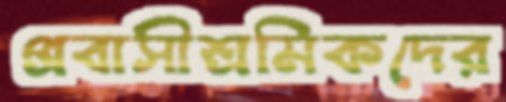
প্রবাসীশ্রমিকদের